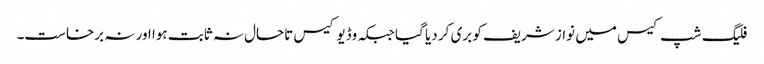
فلیگ شپ کیس میں نواز شریف کو بری کر دیا گیا جبکہ وڈیو کیس تاحال نہ ثابت ہوا اور نہ برخاست۔